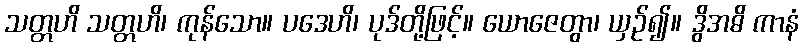
သတ္တဟိ သတ္တဟိ၊ ကုန်သော။ ပဒေဟိ၊ ပုဒ်တို့ဖြင့်။ ယောဇေတွာ၊ ယှဉ်၍။ ဒွိအဓိ ကာနံ